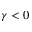
\gamma < 0